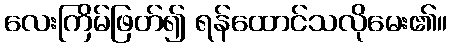
လေးကြိမ်ဖြတ်၍ ရန်ထောင်သလိုမေး၏။